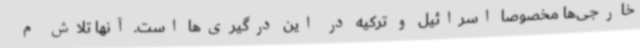
خارجی‌ها مخصوصا اسرائیل و ترکیه در این درگیری‌ها است. آنها تلاش م